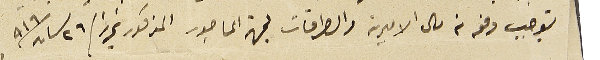
توجب دفعه من مال الاميرية والطراقات لجهة الماجور المذكور تحريرا/ ٢٦ نسان /٩١٦